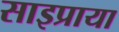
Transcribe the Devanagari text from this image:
साइप्राया